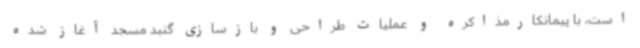
است، با پیمانکارمذاکره و عملیات طراحی و بازسازی گنبد مسجد آغاز شده